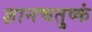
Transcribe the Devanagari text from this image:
ज्ञानचतुष्कं